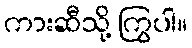
ကားဆီသို့ ကြွပါ။